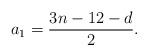
LaTeX: \begin{align*} a_1=\frac{3n-12-d}{2}. \end{align*}